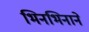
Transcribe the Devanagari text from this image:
भिनभिनाने